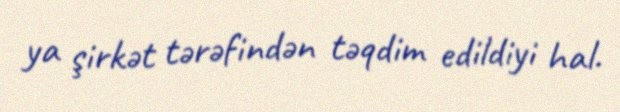
ya şirkət tərəfindən təqdim edildiyi hal.